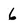
Character: 6